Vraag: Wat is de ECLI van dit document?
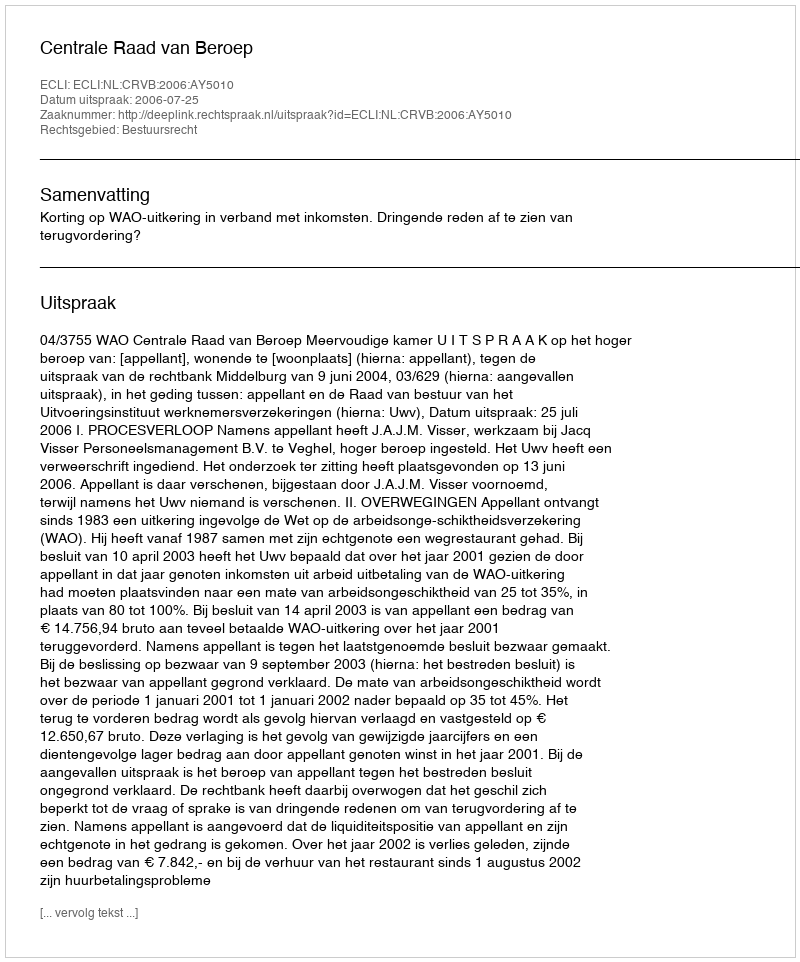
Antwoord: ECLI:NL:CRVB:2006:AY5010